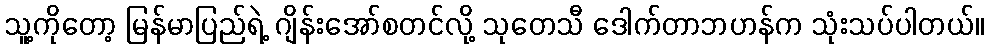
သူ့ကိုတော့ မြန်မာပြည်ရဲ့ ဂျိန်းအော်စတင်လို့ သုတေသီ ဒေါက်တာဘဟန်က သုံးသပ်ပါတယ်။